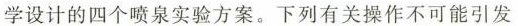
学设计的四个喷泉实验方案。下列有关操作不可能引发